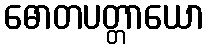
ဓောတပတ္တာယော